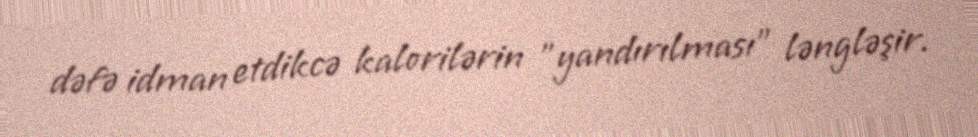
dəfə idman etdikcə kalorilərin "yandırılması" ləngləşir.